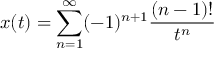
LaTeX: x ( t ) = \sum _ { n = 1 } ^ { \infty } ( - 1 ) ^ { n + 1 } { \frac { ( n - 1 ) ! } { t ^ { n } } }